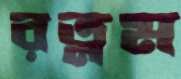
রত্নম